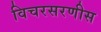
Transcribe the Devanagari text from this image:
विचरसरणीस